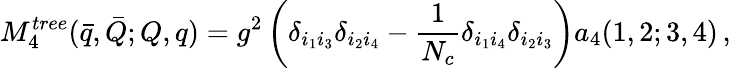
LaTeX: M_{4}^{tree}(\bar{q},\bar{Q};Q,q)=g^{2}\left(\delta_{i_{1}i_{3}}\delta_{i_{2}i_{4}}-{\frac{1}{N_{c}}}\delta_{i_{1}i_{4}}\delta_{i_{2}i_{3}}\right)a_{4}(1,2;3,4)\, ,